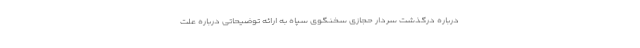
درباره درگذشت سردار حجازی سخنگوی سپاه به ارائه توضیحاتی درباره علت